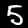
Label: 5